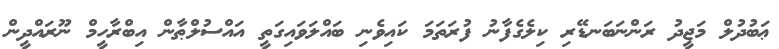
ޢަބުދުލް މަޖީދު ރަންނަބަނޑޭރި ކިލެގެފާނު ފުރަތަމަ ކައިވެނި ބައްލަވައިގަތީ އައްސުލްޠާން އިބްރާހީމް ނޫރައްދީން